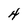
Character: 4